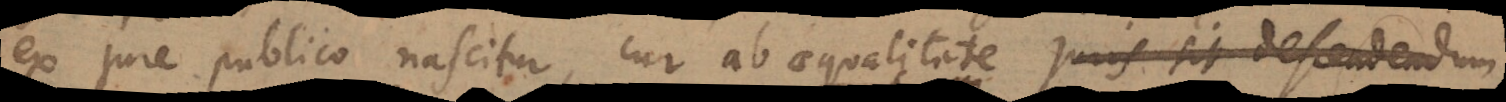
ex jure publico nascitur, cur ab aequalitate juris